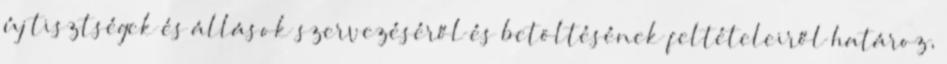
új tisztségek és állások szervezéséről és betöltésének feltételeiről határoz,